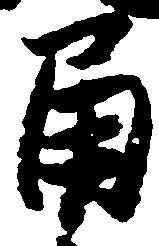
角